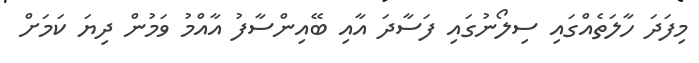
މިފަދަ ހާލަތެއްގައި ސިލޯނުގައި ފަސާދަ އާއި ބޭއިންސާފު އާއްމު ވަމުން ދިޔަ ކަމަށް